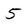
Character: 5